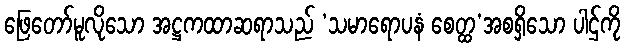
ဖြေတော်မူလိုသော အဋ္ဌကထာဆရာသည် ‘သမာရောပနံ စေတ္ထ’အစရှိသော ပါဌ်ကို